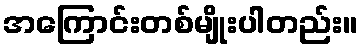
အကြောင်းတစ်မျိုးပါတည်း။